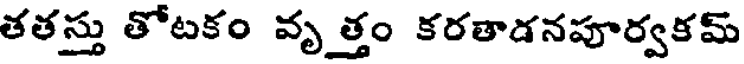
తతస్తు తోటకం వృత్తం కరతాడనపూర్వకమ్